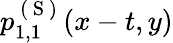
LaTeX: p_{1,1}^{\mathrm{~(~S~)~}}(x-t,y)